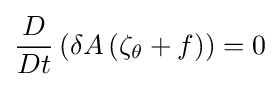
{\frac {D}{Dt}}\left(\delta A\left(\zeta _{\theta }+f\right)\right)=0